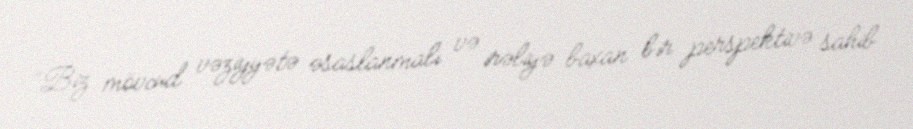
“Biz mövcud vəziyyətə əsaslanmalı və irəliyə baxan bir perspektivə sahib